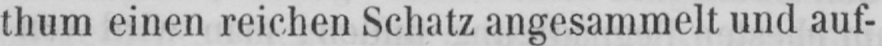
thum einen reichen Schatz angesammelt und auf-